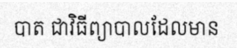
បាត ជាវិធីព្យាបាលដែលមាន